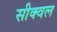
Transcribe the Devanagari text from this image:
सीक्‍वल